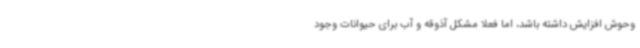
وحوش افزایش داشته باشد، اما فعلا مشکل آذوقه و آب برای حیوانات وجود